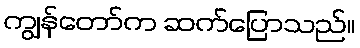
ကျွန်တော်က ဆက်ပြောသည်။